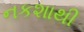
નકશાથી